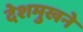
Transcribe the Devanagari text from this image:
देशमुखने